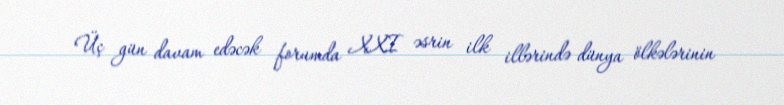
Üç gün davam edəcək forumda XXI əsrin ilk illərində dünya ölkələrinin